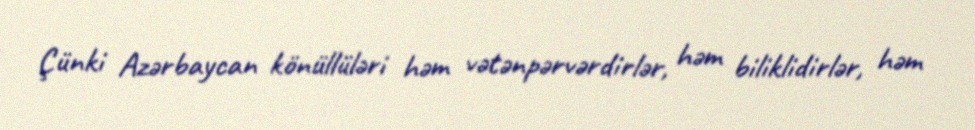
Çünki Azərbaycan könüllüləri həm vətənpərvərdirlər, həm biliklidirlər, həm